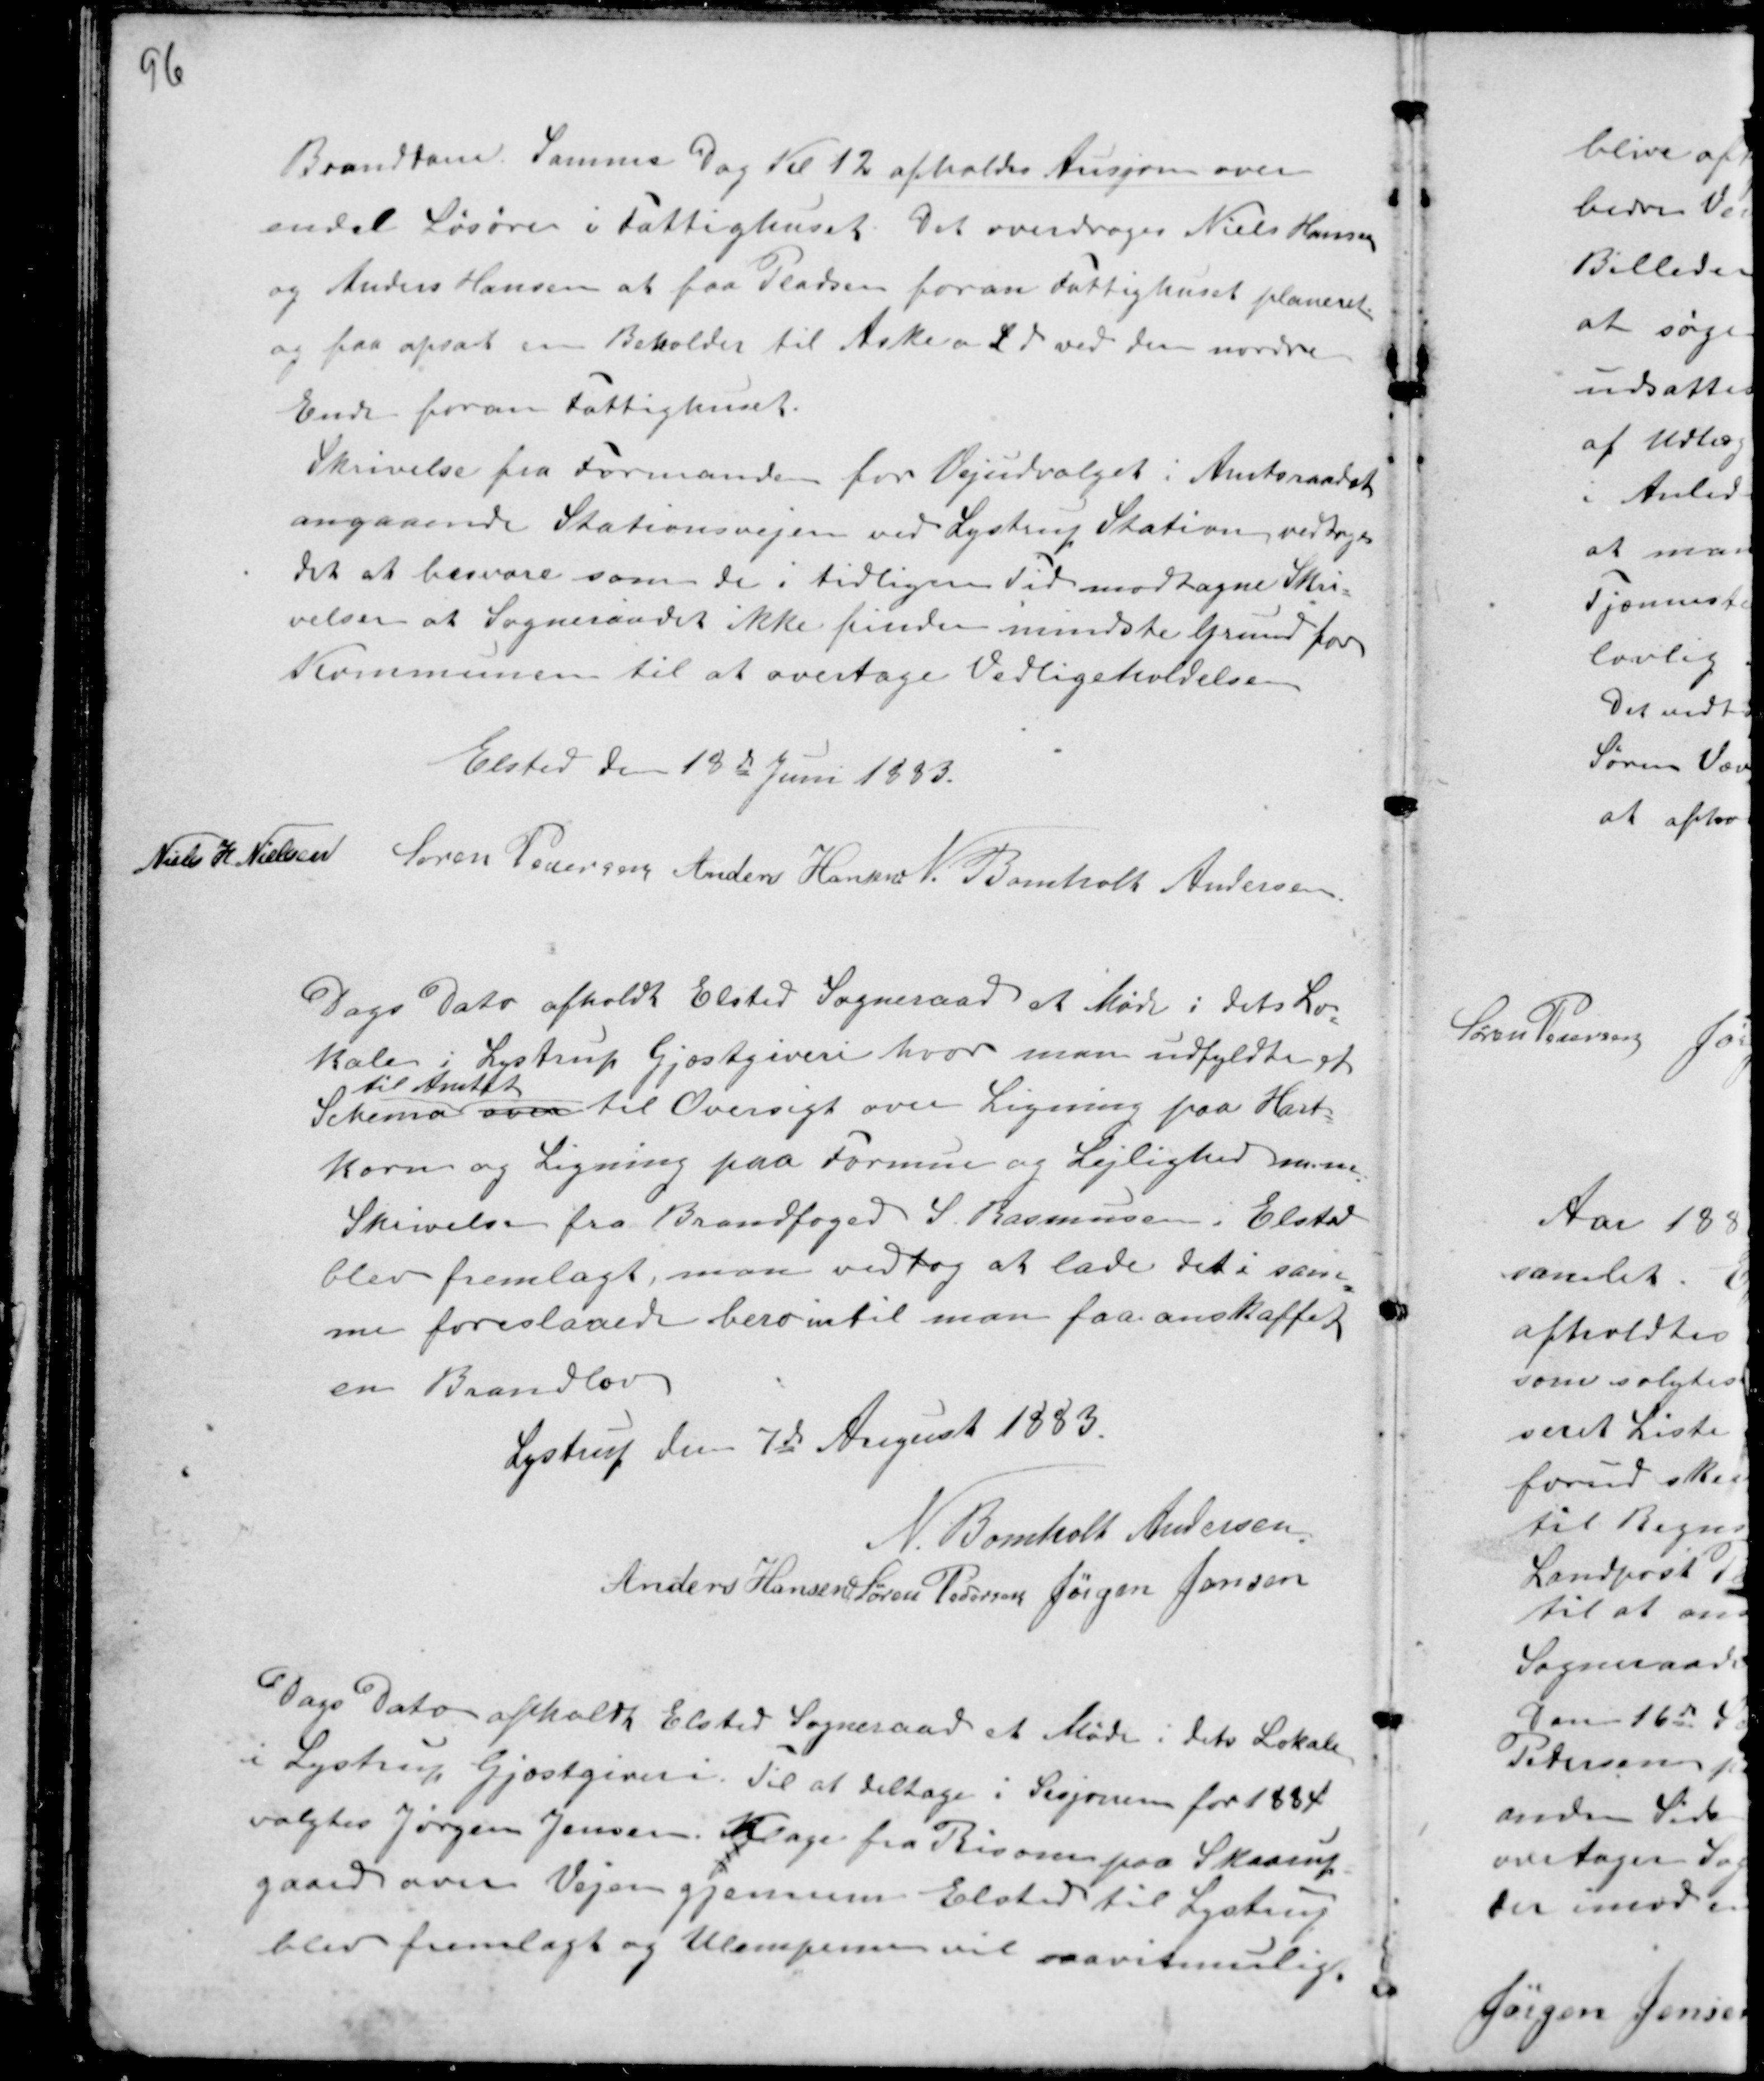
Transskription:
Branddam Samme Dag Kl 12 afholdes Ausjon over
andet Løsøre i Fattighuset. Det overdrages Niels Hansen
og Anders Hansen at faa Pladsen foran Fattighuset planeret
og faa opsat en Beholder til Aske a Ld ved den nordre
Ende foran Fattighuset.
Skrivelse fra Formanden for Vejudvalget i Amtsraadet
angaaende Stationsvejen ved Lystrup Station vedtoges
det at besvare som de i tidligere Tid modtagne Skri-
velser at Sogneraadet ikke finder mindste Grund for
Kommunen til at overtage Vedligeholdelsen

Elsted den 13de Juni 1883.
Niels H. Nielsen Søren Pedersen Anders Hansen N. Bomholt Andersen.

Dags Dato afholdt Elsted Sogneraad et Møde i dets Lo-
kale i Lystrup Gjæstgiveri hvor man udfyldte et
Schema
til Amtet
over til Oversigt over Ligning paa Hart-
korn og Ligning paa Formue og Lejlighed m.m. .
Skrivelse fra Brandfoged S. Rasmussen i Elsted
blev fremlagt, man vedtog at lade det i sam-
me foreslaaede bero intil man faa anskaffet
en Brandlov
Lystrup den 7de August 1883
N. Bomholt Andersen.
Anders Hansen Søren Pedersen Jørgen Jensen

Dags Dato afholdt Elsted Sogneraad et Møde i dets Lokale
i Lystrup Gjæstgiveri. Til at deltage i Sesjonen for 1884
valgtes Jørgen Jensen. Klage fra Risom paa Skaarup-
gaard over Vejen gjennem Elsted til Lystrup
blev fremlagt og Ulemperne vil saa vidt mulig.